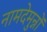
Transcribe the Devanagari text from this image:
नामदेमुन्नों